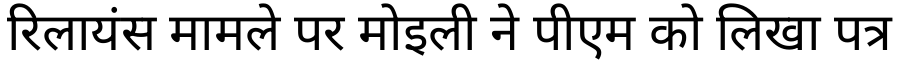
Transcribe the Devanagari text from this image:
रिलायंस मामले पर मोइली ने पीएम को लिखा पत्र